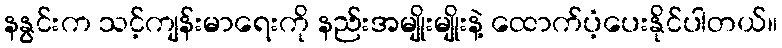
နနွင်းက သင့်ကျန်းမာရေးကို နည်းအမျိုးမျိုးနဲ့ ထောက်ပံ့ပေးနိုင်ပါတယ်။